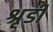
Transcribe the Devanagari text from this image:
श्रृडी